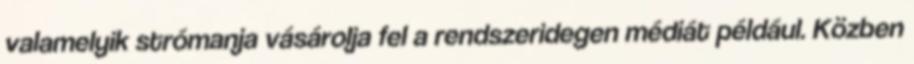
valamelyik strómanja vásárolja fel a rendszeridegen médiát például. Közben